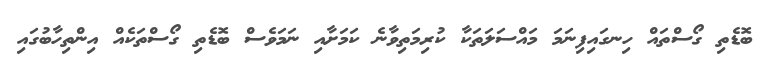
ބޮޑެތި ގޯސްތައް ހިނގައިފިނަމަ މައްސަލަތަކާ ކުރިމަތިވާނެ ކަމަށާއި ނަމަވެސް ބޮޑެތި ގޯސްތަކެއް އިންތިހާބުގައި